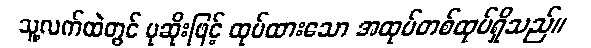
သူ့လက်ထဲတွင် ပုဆိုးဖြင့် ထုပ်ထားသော အထုပ်တစ်ထုပ်ရှိသည်။